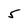
Character: 5